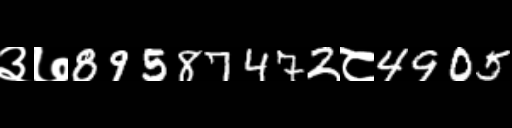
Text: ३७89587472८4905